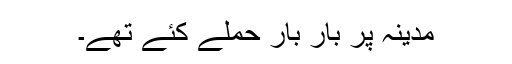
مدینہ پر بار بار حملے کئے تھے۔